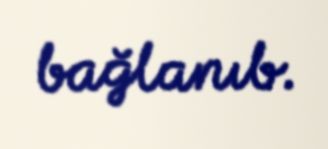
bağlanıb.